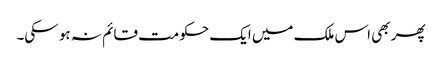
پھر بھی اس ملک میں ایک حکومت قائم نہ ہو سکی۔